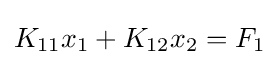
K_{11}x_{1}+K_{12}x_{2}=F_{1}